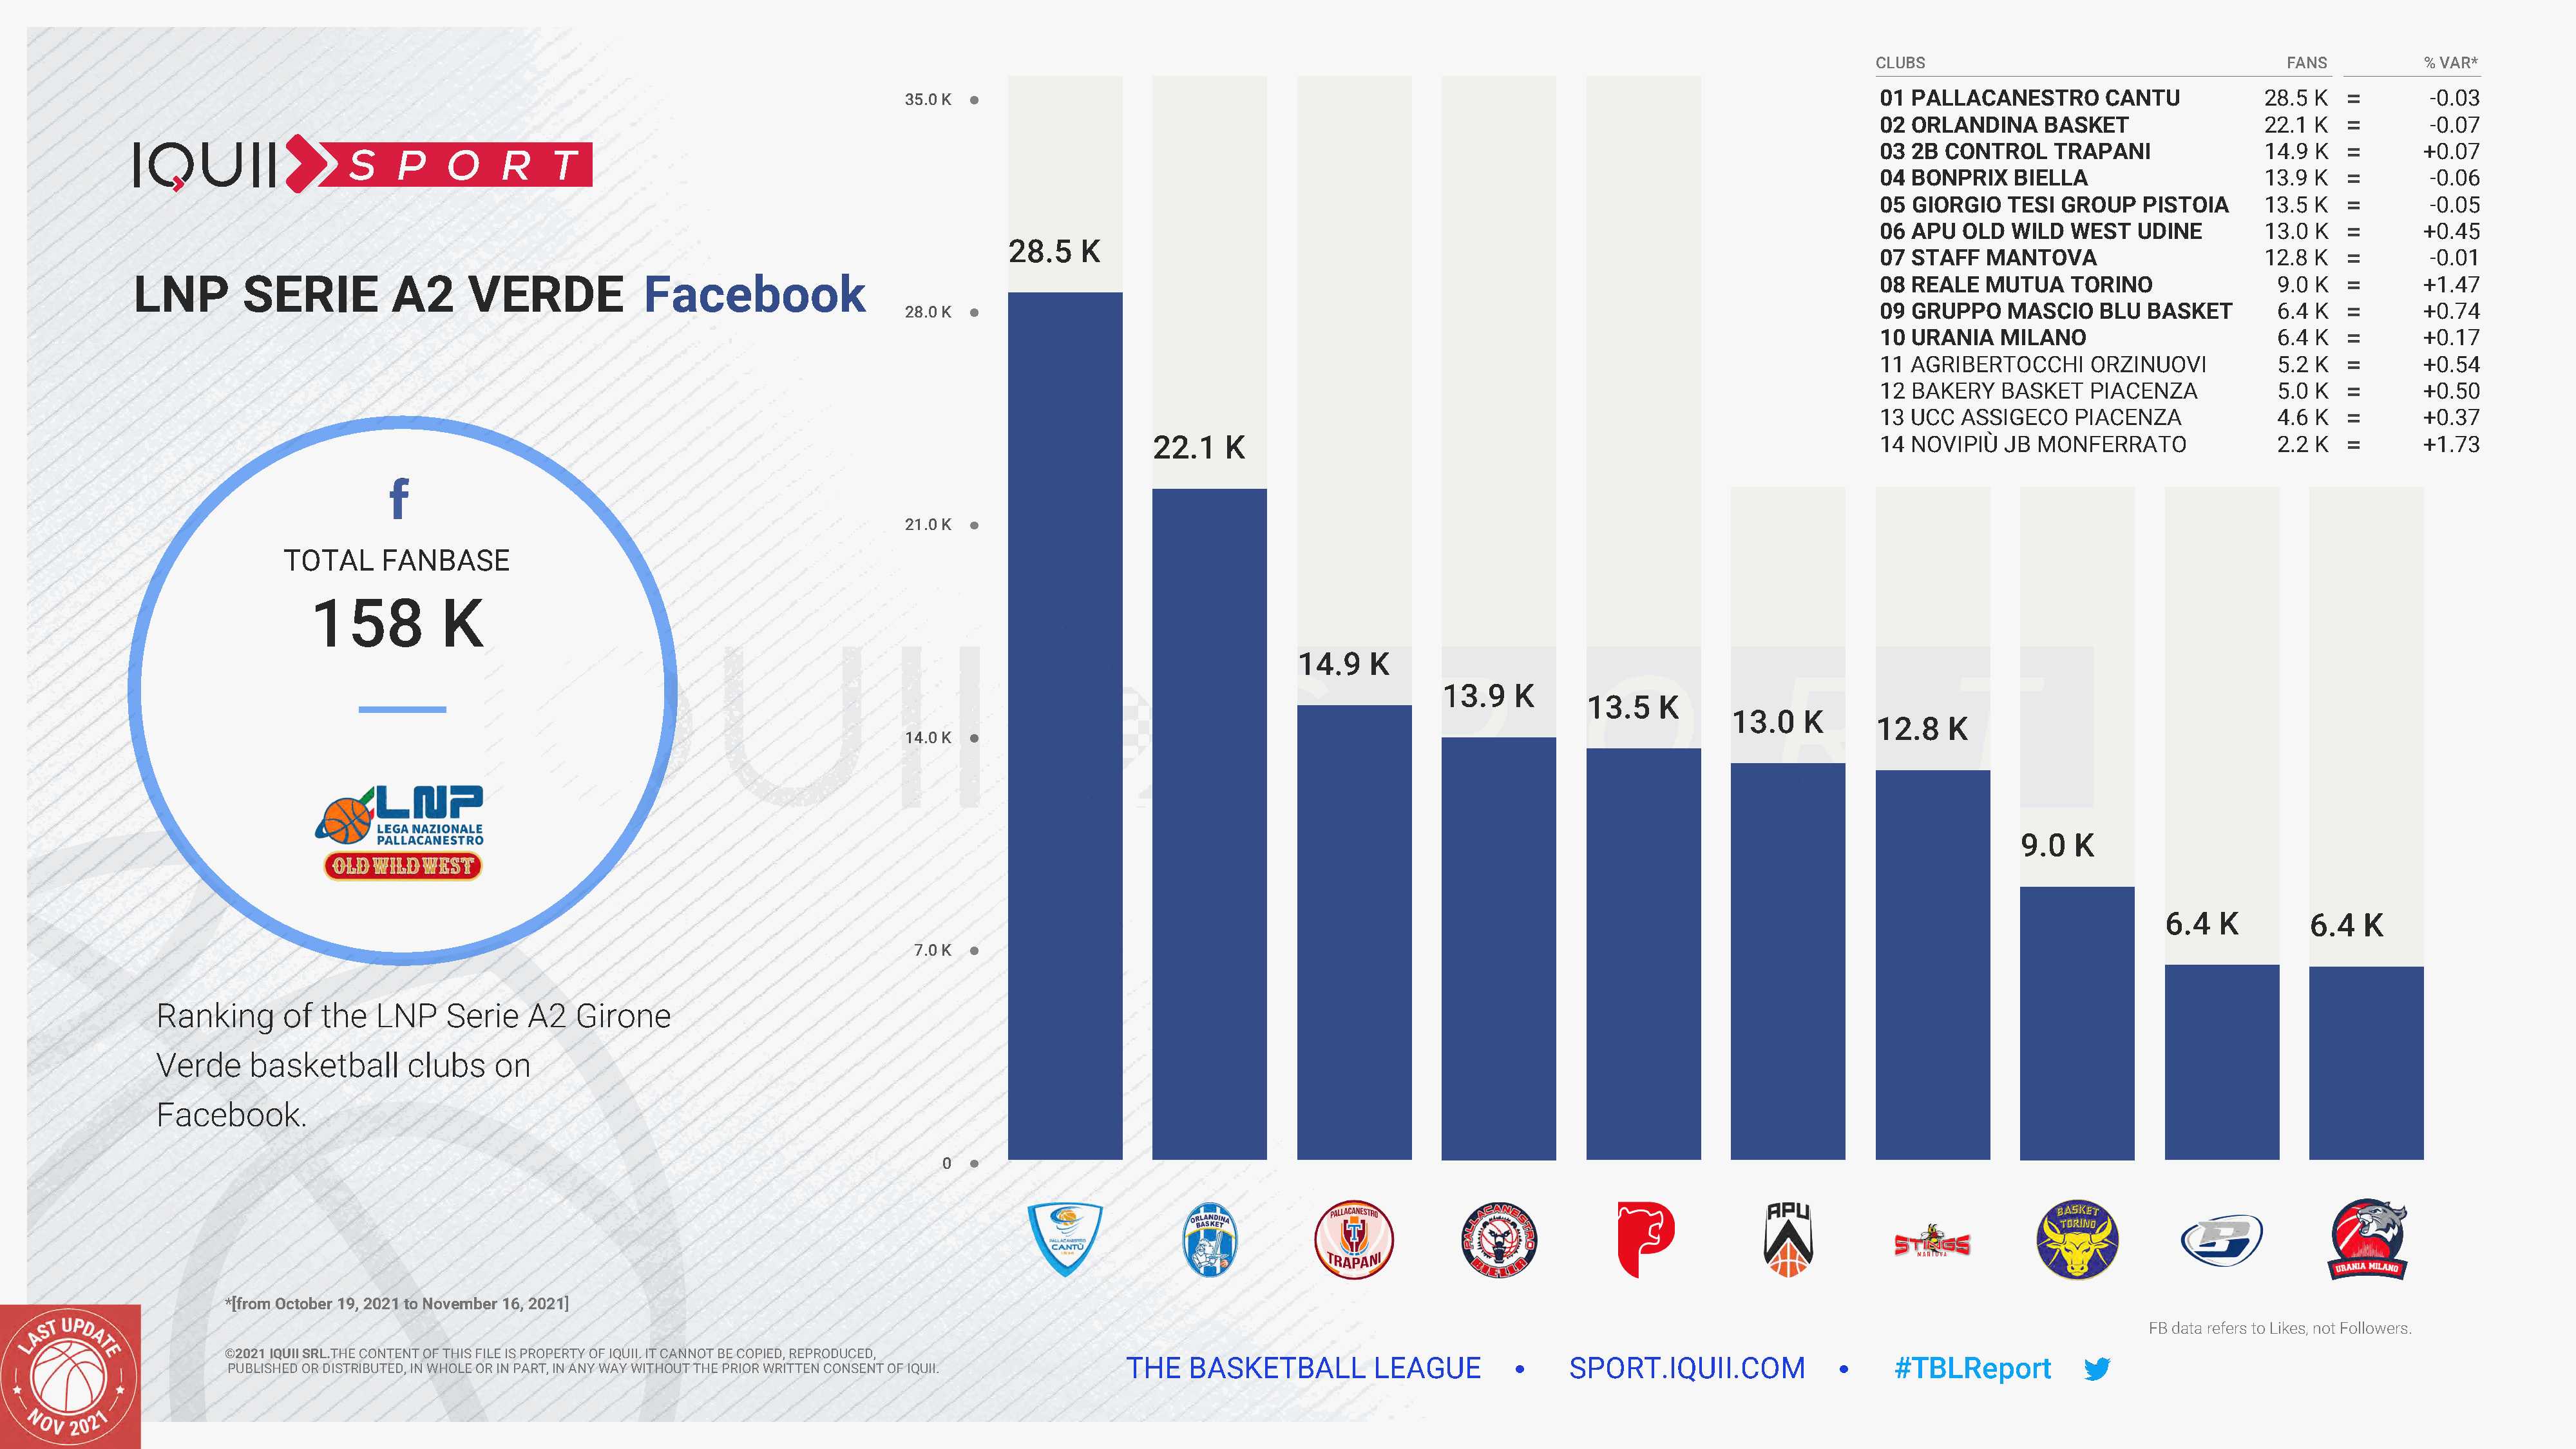
CLUBS                                     FANS          % VAR*
 01 PALLACANESTRO       CANTU            28.5 K           -0.03
 35.0 K
 02 ORLANDINA     BASKET                 22.1 K           -0.07
 03 2B  CONTROL    TRAPANI               14.9 K          +0.07
 04 BONPRIX    BIELLA                    13.9 K           -0.06
 05 GIORGIO   TESI  GROUP   PISTOIA      13.5 K           -0.05
 06 APU   OLD  WILD  WEST   UDINE        13.0 K          +0.45
 28.5   K
 07 STAFF   MANTOVA                      12.8 K           -0.01
 LNP        SERIE          A2      VERDE             Facebook                                                                                                                       08 REALE   MUTUA    TORINO               9.0 K          +1.47
 28.0 K                                                                                              09 GRUPPO    MASCIO    BLU  BASKET       6.4 K          +0.74
 10 URANIA    MILANO                      6.4 K          +0.17
 11 AGRIBERTOCCHI      ORZINUOVI          5.2 K          +0.54
 12 BAKERY    BASKET   PIACENZA           5.0 K          +0.50
 13 UCC   ASSIGECO   PIACENZA             4.6 K          +0.37
 22.1    K                                                                  14 NOVIPIÙ   JB MONFERRATO               2.2 K          +1.73
 21.0 K
 TOTAL     FANBASE
 158          K
 14.9    K
 13.9    K
 13.5   K
 13.0   K
 12.8   K
 14.0 K
 9.0  K
 6.4   K        6.4   K
 7.0 K
 Ranking      of  the   LNP    Serie   A2   Girone
 Verde     basketball      clubs    on
 Facebook.
 0
 *[from October 19, 2021 to November 16, 2021]
 FB data refers to Likes, not Followers.
 ©2021 IQUII SRL.THE CONTENT OF THIS FILE IS PROPERTY OF IQUII. IT CANNOT BE COPIED, REPRODUCED,
 THE   BASKETBALL         LEAGUE              SPORT.IQUII.COM                   #TBLReport
 PUBLISHED OR DISTRIBUTED, IN WHOLE OR IN PART, IN ANY WAY WITHOUT THE PRIOR WRITTEN CONSENT OF IQUII.